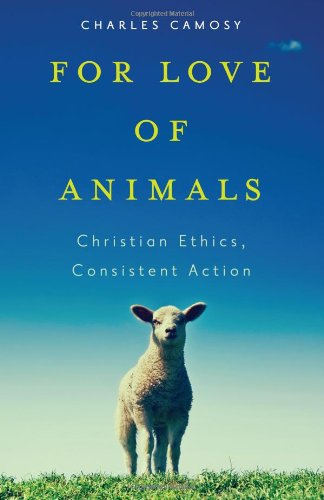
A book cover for For Love of Animals: Christian Ethics, Consistent Action; Charles C. Camosy; Religion & Spirituality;